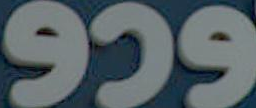
959